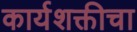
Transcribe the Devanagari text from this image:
कार्यशक्तीचा